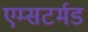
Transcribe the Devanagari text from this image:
एम्सटर्मड